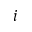
i